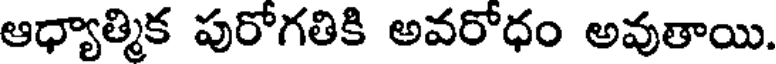
ఆధ్యాత్మిక పురోగతికి అవరోధం అవుతాయి.